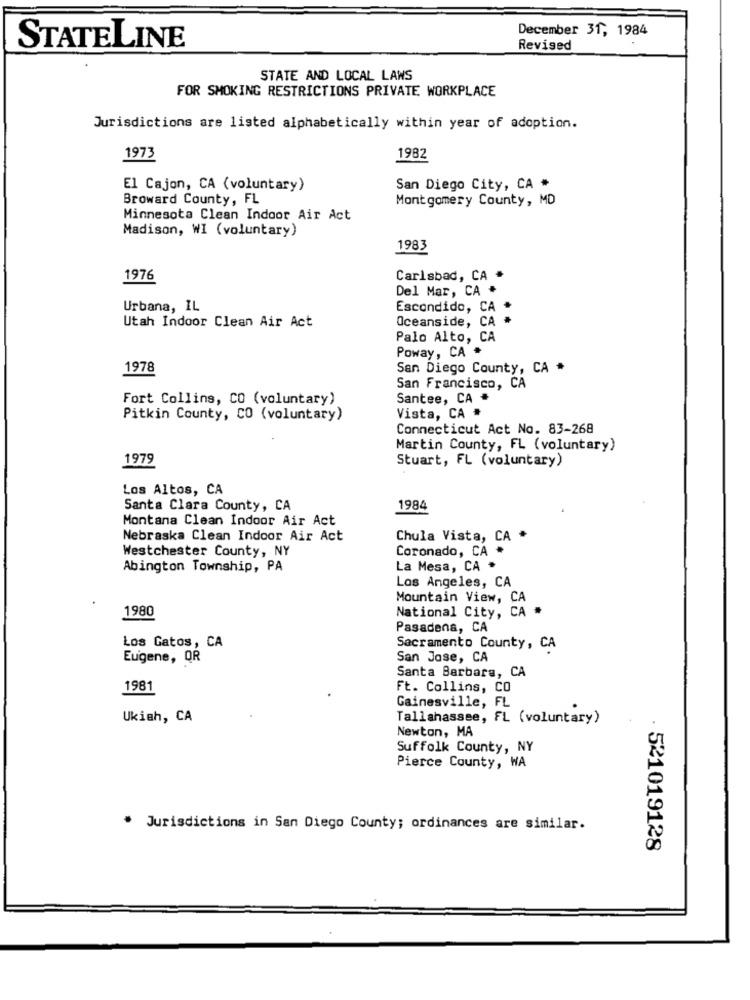
December 31, 1984
STATELINE
Revised
STATE AND LOCAL LAWS
FOR SMOKING RESTRICTIONS PRIVATE WORKPLACE
Jurisdictions are listed alphabetically within year of adoption.
1973
1982
El Cajon, CA (voluntary)
San Diego City, CA *
Broward County, FL
Montgomery County, MD
Minnesota Clean Indoor Air Act
Madison, WI (voluntary)
1983
1976
Carlsbad, CA *
Del Mar, CA *
Urbana, IL
Escondido, CA *
Utah Indoor Clean Air Act
Oceanside, CA
Palo Alto, CA
Poway, CA .
1978
San Diego County, CA *
San Francisco, CA
Fort Collins, CO (voluntary)
Santee, CA *
Pitkin County, CO (voluntary)
Vista, CA #
Connecticut Act No. 83-268
Martin County, FL (voluntary)
1979
Stuart, FL (voluntary)
Los Altos, CA
Santa Clara County, CA
1984
Montana Clean Indoor Air Act
Nebraska Clean Indoor Air Act
Chula Vista, CA *
Westchester County, NY
Coronado, CA *
Abington Township, PA
La Mesa, CA *
Los Angeles, CA
Mountain View, CA
1980
National City, CA #
Pasadena, CA
Los Gatos, CA
Sacramento County, CA
Eugene, QR
San Jose, CA
Santa Barbara, CA
1981
Ft. Collins, CO
Gainesville, FL
Ukiah, CA
Tallahassee, FL (voluntary)
Newton, MA
Suffolk County, NY
Pierce County, WA
* Jurisdictions in San Diego County; ordinances are similar.
521019128